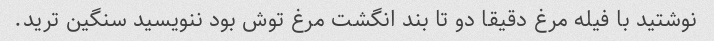
نوشتید با فیله مرغ دقیقا دو تا بند انگشت مرغ توش بود ننویسید سنگین ترید.